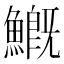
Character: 𩺺